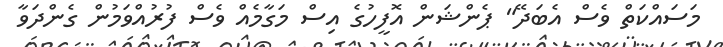
މަސައްކަތް ވެސް އެބަދޭ" ޕެންޝަން އޮފީހުގެ އިސް މަގާމެއް ވެސް ފުރުއްވަމުން ގެންދަވާ